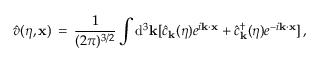
{ \hat { v } } ( \eta , { \bf x } ) \, = \, \frac { 1 } { ( 2 \pi ) ^ { 3 / 2 } } \int \mathrm { d } ^ { 3 } { \bf k } [ { \hat { c } } _ { \bf k } ( \eta ) e ^ { i { \bf k } \cdot { \bf x } } + { \hat { c } } _ { \bf k } ^ { \dagger } ( \eta ) e ^ { - i { \bf k } \cdot { \bf x } } ] \, ,